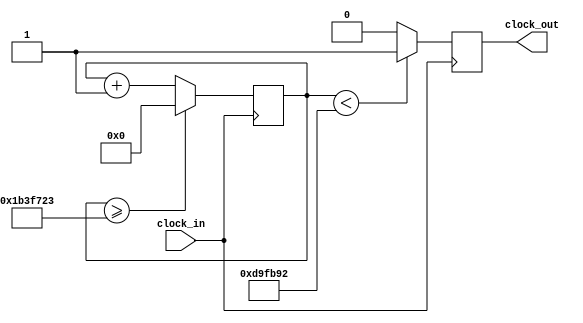
module Clock_divider(clock_in,clock_out);
input clock_in; 
output reg clock_out; 
reg[26:0] count=27'd0;
parameter div = 27'd28571428;

always @(posedge clock_in)
begin
 count <= count + 27'd1;
 if(count>=(div-1))
  count <= 27'd0;
  if(count<div/2)
    clock_out<=1'b1;
  else
    clock_out<=1'b0;
 
end
endmodule